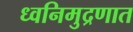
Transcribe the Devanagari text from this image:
ध्वनिमुद्रणात